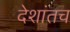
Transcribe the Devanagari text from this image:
देशांतच